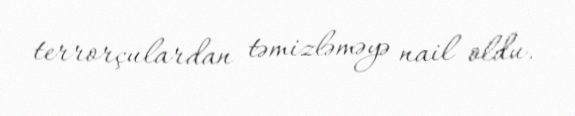
terrorçulardan təmizləməyə nail oldu.